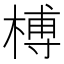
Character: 榑